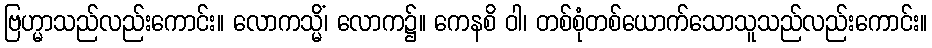
ဗြဟ္မာသည်လည်းကောင်း။ လောကသ္မိံ၊ လောက၌။ ကေနစိ ဝါ၊ တစ်စုံတစ်ယောက်သောသူသည်လည်းကောင်း။